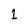
Character: 1